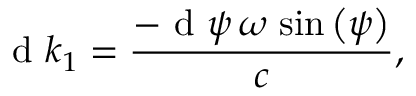
{ \mathrm { ~ d ~ } } k _ { 1 } = \frac { - { \mathrm { ~ d ~ } } \psi \, \omega \, \sin \left( \psi \right) } { c } ,